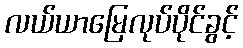
လယ်ယာမြေလုပ်ပိုင်ခွင့်